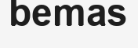
bemas